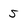
Character: 5